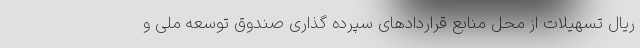
ریال تسهیلات از محل منابع قراردادهای سپرده گذاری صندوق توسعه ملی و